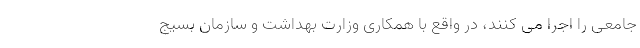
جامعی را اجرا می کنند، در واقع با همکاری وزارت بهداشت و سازمان بسیج